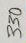
Text: 330